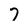
Character: 7